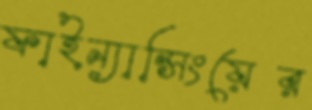
ফাইন্যান্সিংয়ের